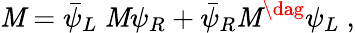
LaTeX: \mathit{M}=\bar{{\psi}}_{L}~{\cal\mathit{M}}\psi_{R}+\bar{{\psi}}_{R}{\cal\mathit{M}}^{\dag}\psi_{L}~,